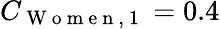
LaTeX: C_{\mathrm{~W~o~m~e~n~,~1~}}=0.4